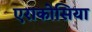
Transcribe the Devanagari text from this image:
एराकोसिया